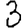
Digit: 3